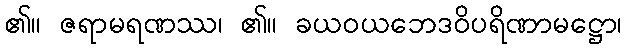
၏။ ဇရာမရဏဿ၊ ၏။ ခယဝယဘေဒဝိပရိဏာမဋ္ဌော၊